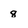
Character: 8